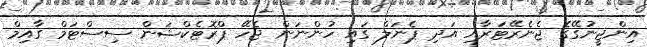
އިންޖީނުގޭގެ ޖެނެރޭޓަރާއި އަދި ޕެނަލް ގައި ހުންނަން ޖެހޭ ޕްރޮޓެކްޝަން ސިސްޓަމް ގާއިމް